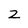
Character: Z